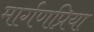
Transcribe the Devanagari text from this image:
मार्गणप्रिया